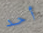
أحد